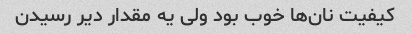
کیفیت نان‌ها خوب بود ولی یه مقدار دیر رسیدن